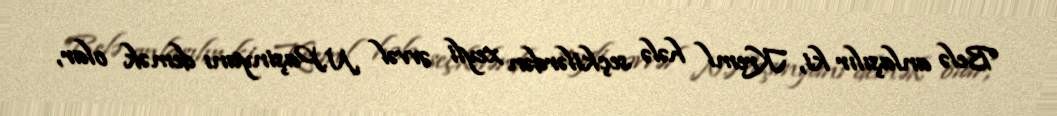
Belə anlaşılır ki, Kreml hələ seçkilərdən xeyli əvvəl N.Paşinyanı demək olar,